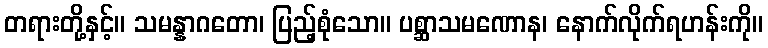
တရားတို့နှင့်။ သမန္နာဂတော၊ ပြည့်စုံသော။ ပစ္ဆာသမဏောန၊ နောက်လိုက်ရဟန်းကို။